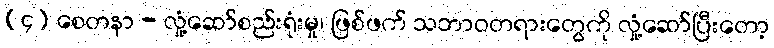
(၄) စေတနာ - လှုံ့ဆော်စည်းရုံးမှု၊ ဖြစ်ဖက် သဘာဝတရားတွေကို လှုံ့ဆော်ပြီးတော့